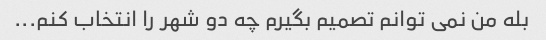
بله من نمی توانم تصمیم بگیرم چه دو شهر را انتخاب کنم...